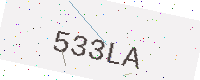
Text: 533LA